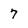
Character: 7